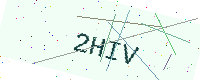
Text: 2HIV